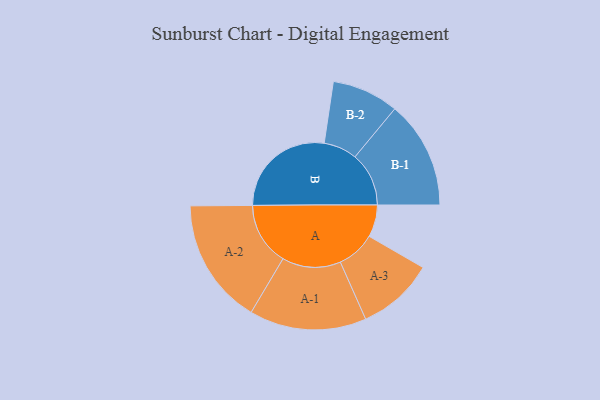
{"axis": {"x": "Segment", "y": "Value"}, "legend": ["", "A", "B"], "data": [{"x": "A", "y": 151, "type": ""}, {"x": "B", "y": 497, "type": ""}, {"x": "A-1", "y": 275, "type": "A"}, {"x": "A-2", "y": 296, "type": "A"}, {"x": "A-3", "y": 181, "type": "A"}, {"x": "B-1", "y": 253, "type": "B"}, {"x": "B-2", "y": 157, "type": "B"}]}